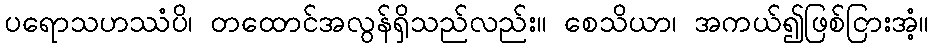
ပရောသဟဿံပိ၊ တထောင်အလွန်ရှိသည်လည်း။ စေသိယာ၊ အကယ်၍ဖြစ်ငြားအံ့။